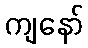
ကျနော်